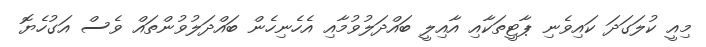
މިއީ ކުލަގަދަ ކައިވެނި ޕާޓީތަކާއި އާއިލީ ބައްދަލުވުމާއި އެހެނިހެން ބައްދަލުވުންތައް ވެސް އަގުހެޔޮ